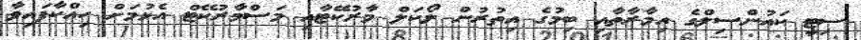
ސިޓީ ކައުންސިލްގެ އިމާރާތާއި ބިމުގެ އިތުރުން ލޯކަލް މާރުކޭޓާއި މަސްމާރުކޭޓް އެޅުމަށް ހިއްކާފައިވާ